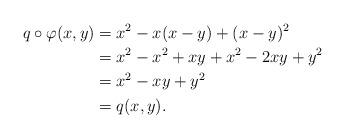
LaTeX: \begin{align*} q\circ\varphi(x,y) &= x^2-x(x-y)+(x-y)^2 \\&= x^2 -x^2+xy+x^2-2xy+y^2 \\&= x^2-xy+y^2 \\&= q(x,y).\end{align*}